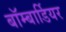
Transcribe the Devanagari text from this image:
बॉम्बार्डियर